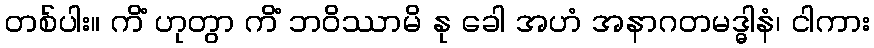
တစ်ပါး။ ကိံ ဟုတွာ ကိံ ဘဝိဿာမိ နု ခေါ အဟံ အနာဂတမဒ္ဓါနံ၊ ငါကား